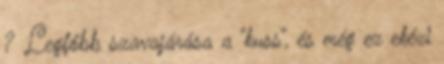
? Legfőbb szavajárása a “kuss”, és még ez ekézi